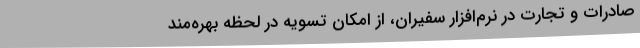
صادرات و تجارت در نرم‌افزار سفیران، از امکان تسویه در لحظه بهره‌مند